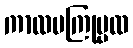
ကာလမကြုဗ္ဗထ